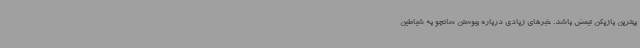
بهترین بازیکن تیمش باشد. خبرهای زیادی درباره پیوستن سانچو به شیاطین